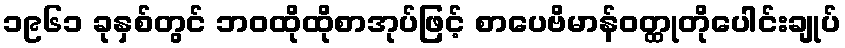
၁၉၆၁ ခုနှစ်တွင် ဘဝထိုထိုစာအုပ်ဖြင့် စာပေဗိမာန်ဝတ္ထုတိုပေါင်းချုပ်